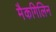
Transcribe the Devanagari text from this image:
मैकगिलिन